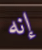
إنه